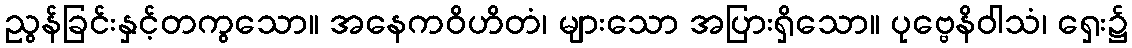
ညွန်ခြင်းနှင့်တကွသော။ အနေကဝိဟိတံ၊ များသော အပြားရှိသော။ ပုဗ္ဗေနိဝါသံ၊ ရှေး၌